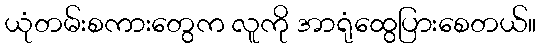
ယုံတမ်းစကားတွေက လူကို အာရုံထွေပြားစေတယ်။